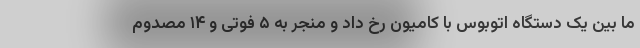
ما بین یک دستگاه اتوبوس با کامیون رخ داد و منجر به ۵ فوتی و ۱۴ مصدوم